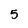
Character: 5